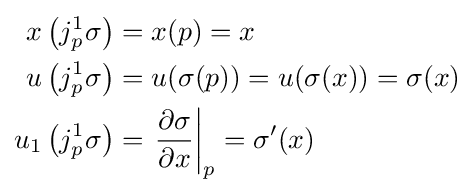
{\begin{aligned}x\left(j_{p}^{1}\sigma \right)&=x(p)=x\\u\left(j_{p}^{1}\sigma \right)&=u(\sigma (p))=u(\sigma (x))=\sigma (x)\\u_{1}\left(j_{p}^{1}\sigma \right)&=\left.{\frac {\partial \sigma }{\partial x}}\right|_{p}=\sigma '(x)\end{aligned}}